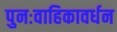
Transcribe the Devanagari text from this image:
पुनःवाहिकावर्धन